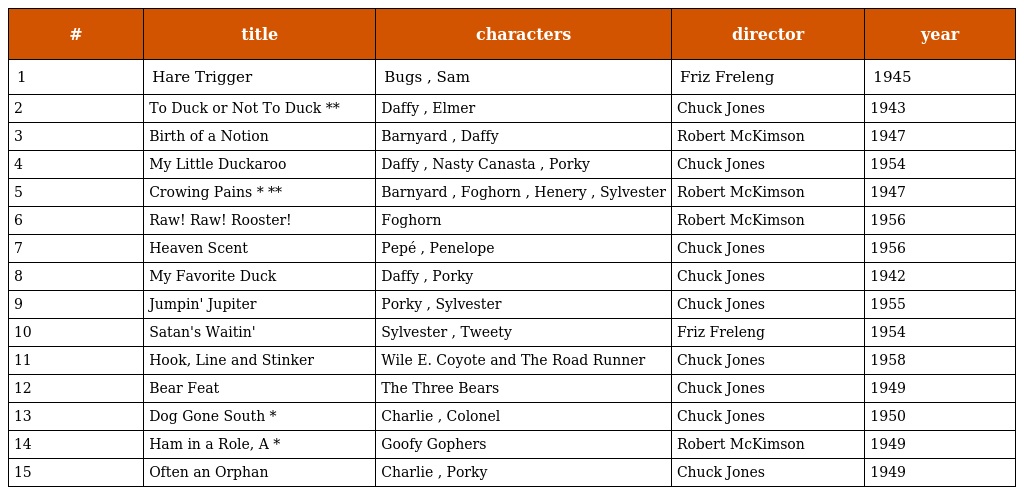
| # | title | characters | director | year |
 | --- | --- | --- | --- | --- |
 | 1 | Hare Trigger | Bugs , Sam | Friz Freleng | 1945 |
 | 2 | To Duck or Not To Duck ** | Daffy , Elmer | Chuck Jones | 1943 |
 | 3 | Birth of a Notion | Barnyard , Daffy | Robert McKimson | 1947 |
 | 4 | My Little Duckaroo | Daffy , Nasty Canasta , Porky | Chuck Jones | 1954 |
 | 5 | Crowing Pains * ** | Barnyard , Foghorn , Henery , Sylvester | Robert McKimson | 1947 |
 | 6 | Raw! Raw! Rooster! | Foghorn | Robert McKimson | 1956 |
 | 7 | Heaven Scent | Pepé , Penelope | Chuck Jones | 1956 |
 | 8 | My Favorite Duck | Daffy , Porky | Chuck Jones | 1942 |
 | 9 | Jumpin' Jupiter | Porky , Sylvester | Chuck Jones | 1955 |
 | 10 | Satan's Waitin' | Sylvester , Tweety | Friz Freleng | 1954 |
 | 11 | Hook, Line and Stinker | Wile E. Coyote and The Road Runner | Chuck Jones | 1958 |
 | 12 | Bear Feat | The Three Bears | Chuck Jones | 1949 |
 | 13 | Dog Gone South * | Charlie , Colonel | Chuck Jones | 1950 |
 | 14 | Ham in a Role, A * | Goofy Gophers | Robert McKimson | 1949 |
 | 15 | Often an Orphan | Charlie , Porky | Chuck Jones | 1949 |